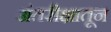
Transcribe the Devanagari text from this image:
अंतरीक्षातून